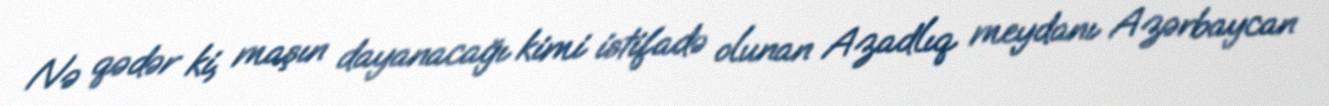
Nə qədər ki, maşın dayanacağı kimi istifadə olunan Azadlıq meydanı Azərbaycan